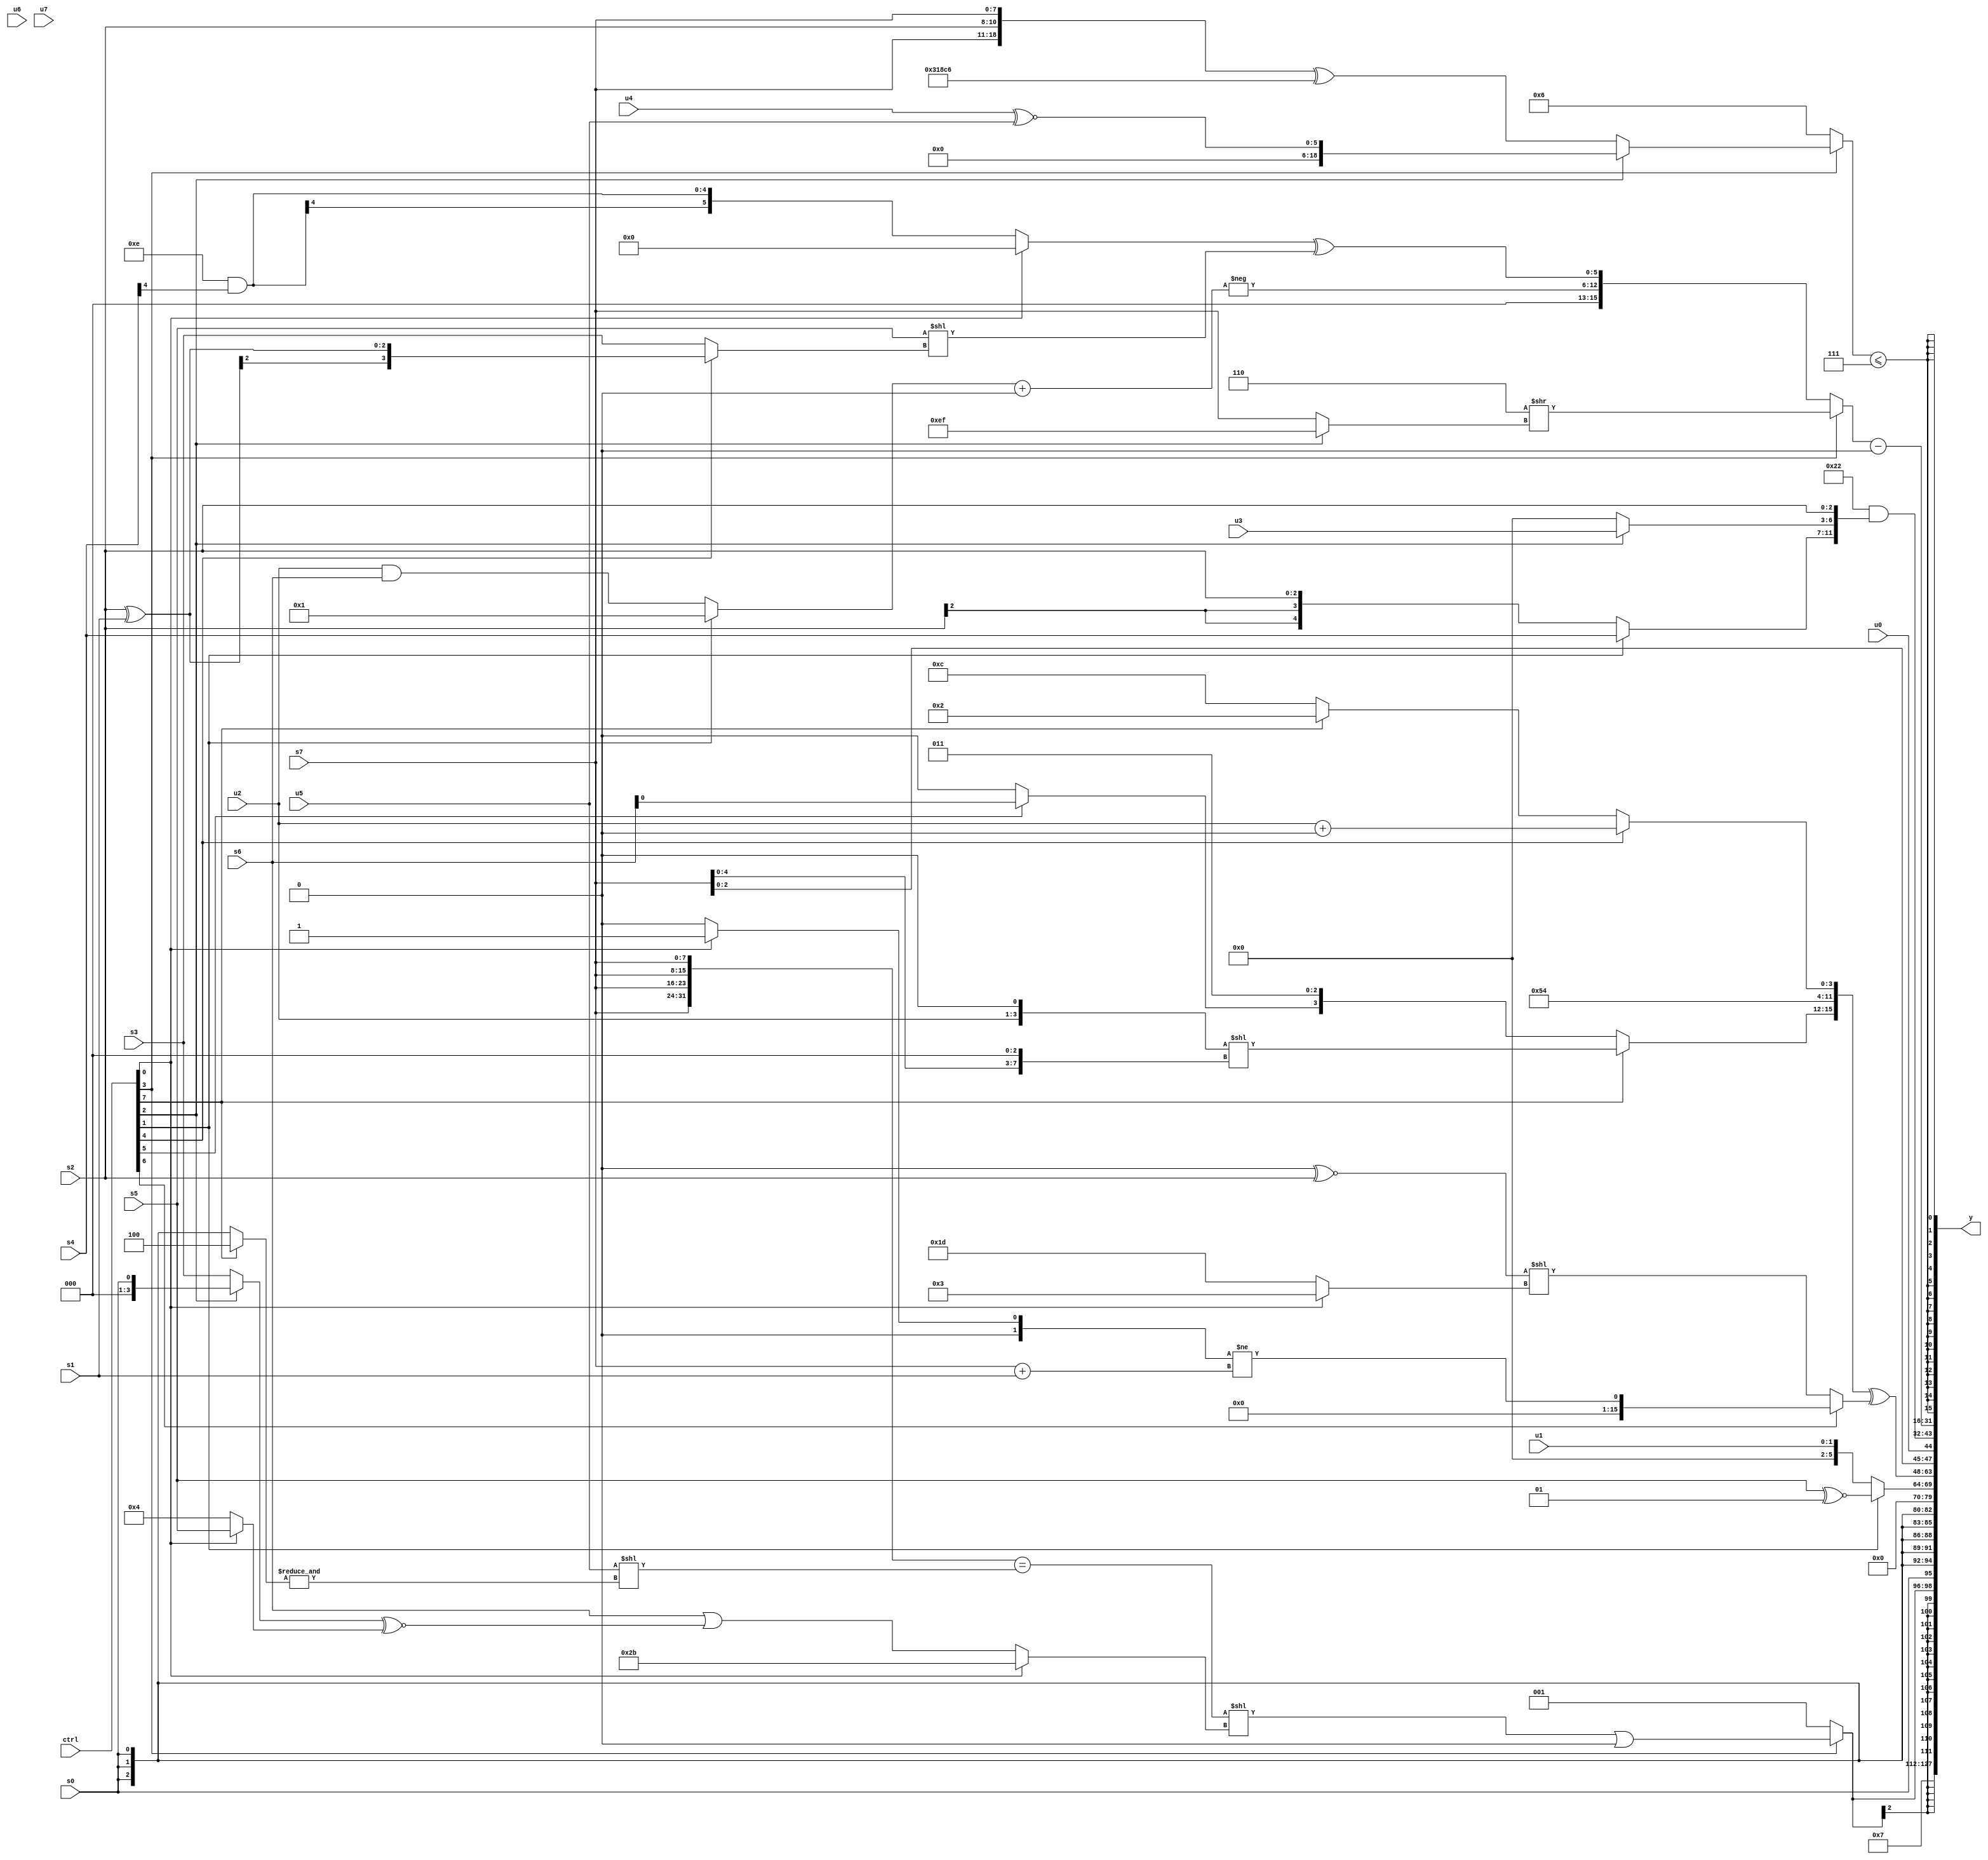
module wideexpr_00691(ctrl, u0, u1, u2, u3, u4, u5, u6, u7, s0, s1, s2, s3, s4, s5, s6, s7, y);
  input [7:0] ctrl;
  input [0:0] u0;
  input [1:0] u1;
  input [2:0] u2;
  input [3:0] u3;
  input [4:0] u4;
  input [5:0] u5;
  input [6:0] u6;
  input [7:0] u7;
  input signed [0:0] s0;
  input signed [1:0] s1;
  input signed [2:0] s2;
  input signed [3:0] s3;
  input signed [4:0] s4;
  input signed [5:0] s5;
  input signed [6:0] s6;
  input signed [7:0] s7;
  output [127:0] y;
  wire [15:0] y0;
  wire [15:0] y1;
  wire [15:0] y2;
  wire [15:0] y3;
  wire [15:0] y4;
  wire [15:0] y5;
  wire [15:0] y6;
  wire [15:0] y7;
  assign y = {y0,y1,y2,y3,y4,y5,y6,y7};
  assign y0 = {1{{3{1'sb1}}}};
  assign y1 = $signed((ctrl[3]?(+((({4{s7}})==((u5)<<(&((ctrl[7]?3'sb100:s0)))))<<((ctrl[0]?+(6'b101011):(s6)|(((ctrl[2]?s0:s3))^~((ctrl[0]?s5:3'sb100)))))))|((3'sb000)<<(($unsigned(3'b100))<<((6'sb000111)-((6'sb110100)>>($signed((1'sb0)<<<(5'sb00010))))))):1'sb1));
  assign y2 = s0;
  assign y3 = (ctrl[1]?{1{+(+((s5)^~(2'sb01)))}}:$unsigned({$signed(+(u1))}));
  assign y4 = ({(((ctrl[1]?(s7)<<<(4'sb1111):-(u0)))>>>(((ctrl[1]?3'sb111:2'sb01))!=(5'b11111)))-((ctrl[0]?((s1)^(5'sb00101))^~(s5):$signed(s5))),{$signed($signed(1'sb0)),(ctrl[7]?((u2)<<(1'sb1))<<((s7)<<(4'sb0011)):{(ctrl[5]?s6:1'sb0),+(3'sb011)}),{6'sb010101,(ctrl[4]?(u2)+(3'sb000):(ctrl[7]?3'sb010:6'sb001100))}}})^(((ctrl[6]?($signed((ctrl[0]?3'sb001:2'sb00)))!=($signed((s7)+(s1))):(((5'sb00100)<=(6'sb100100))^~(s2))<<((ctrl[0]?(4'sb0111)+(3'sb100):$signed(6'sb011101)))))>>>((+({2{(3'sb010)>>(s0)}}))>>>($signed(3'sb111))));
  assign y5 = {s7,u0,(6'sb100010)&($signed({$unsigned({(ctrl[1]?s4:s2),(ctrl[2]?u3:1'b0)}),s2}))};
  assign y6 = ((ctrl[3]?(3'sb110)>>((ctrl[2]?$signed($signed(-(6'sb010001))):s7)):{-(((ctrl[1]?~&(6'sb001001):(u2)&(s6)))+(((3'sb100)>>>(s7))>>($signed(5'b11000)))),((ctrl[0]?($signed(4'b0100))<<<((ctrl[3]?3'sb101:5'sb11101)):($signed(5'sb01110))&((s4)>>>(3'sb110))))^((s5)<<((ctrl[4]?(s2)^(s1):(ctrl[4]?2'sb11:s3))))}))-(2'b00);
  assign y7 = $signed(|(((ctrl[3]?(ctrl[2]?$unsigned((u4)^~(u5)):({-(1'b0),$unsigned(s7),s2,s7})^(({4{5'sb01100}})>>>((1'b0)+(3'sb001)))):$unsigned(3'sb110)))<=(3'sb111)));
endmodule